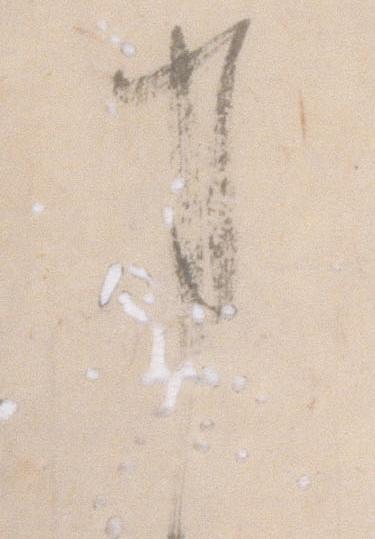
事